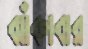
ঝাঁকাবার